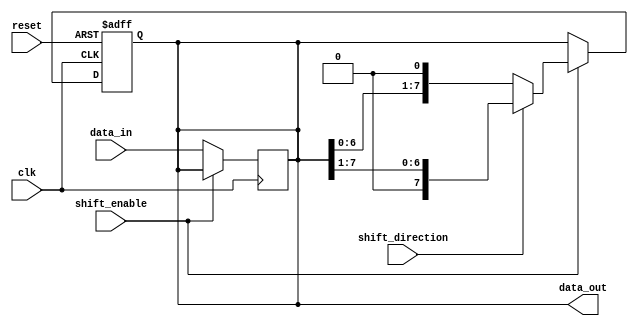
module ParameterizedShiftRegister #(
    parameter WIDTH = 8 // Parameterized width of the shift register
)(
    input wire clk,                // Clock signal
    input wire reset,              // Asynchronous reset
    input wire shift_enable,       // Shift control signal
    input wire shift_direction,     // Shift direction: 0 for left, 1 for right
    input wire [WIDTH-1:0] data_in, // Parallel data input
    output reg [WIDTH-1:0] data_out // Parallel data output
);

    // Asynchronous reset and shifting logic
    always @(posedge clk or posedge reset) begin
        if (reset) begin
            // Reset the shift register to zero
            data_out <= {WIDTH{1'b0}};
        end else if (shift_enable) begin
            if (shift_direction) begin
                // Shift right
                data_out <= {1'b0, data_out[WIDTH-1:1]};
            end else begin
                // Shift left
                data_out <= {data_out[WIDTH-2:0], 1'b0};
            end
        end
    end

    // Load data into the shift register when shift_enable is not active
    always @(posedge clk) begin
        if (!shift_enable) begin
            data_out <= data_in;
        end
    end

endmodule